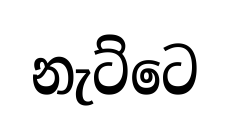
නැට්ටෙ